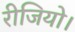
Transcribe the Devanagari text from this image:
रीजियो।